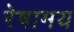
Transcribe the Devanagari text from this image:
रेषामय